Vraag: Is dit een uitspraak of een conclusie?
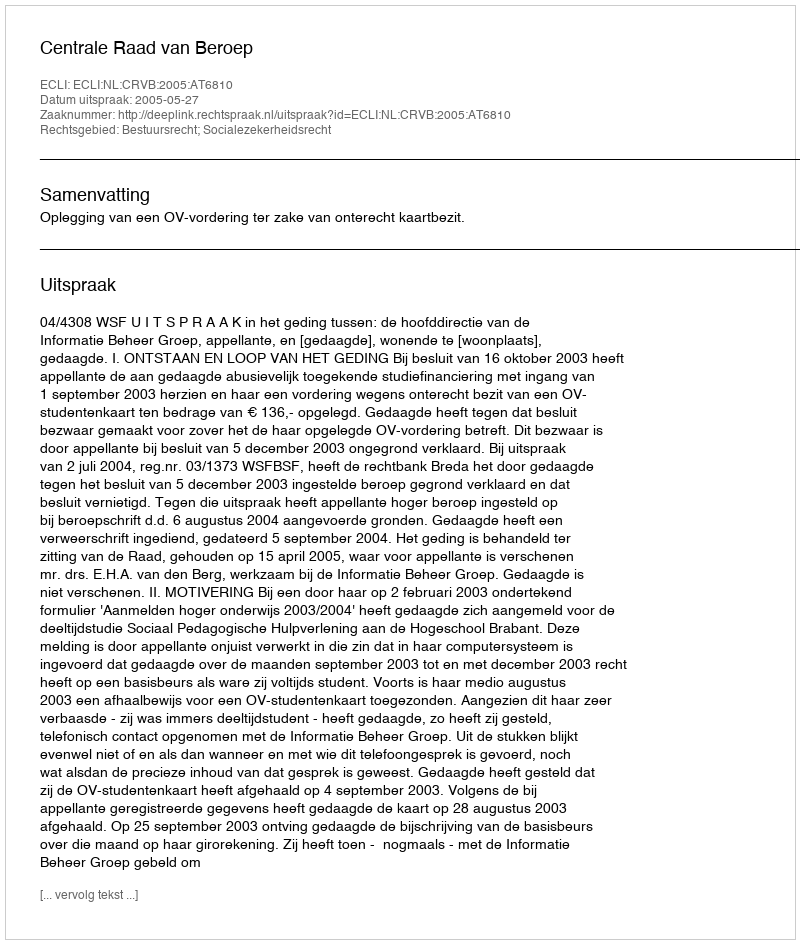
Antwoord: Uitspraak